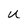
Character: U